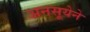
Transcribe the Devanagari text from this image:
अनसूयेने